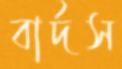
বার্দস